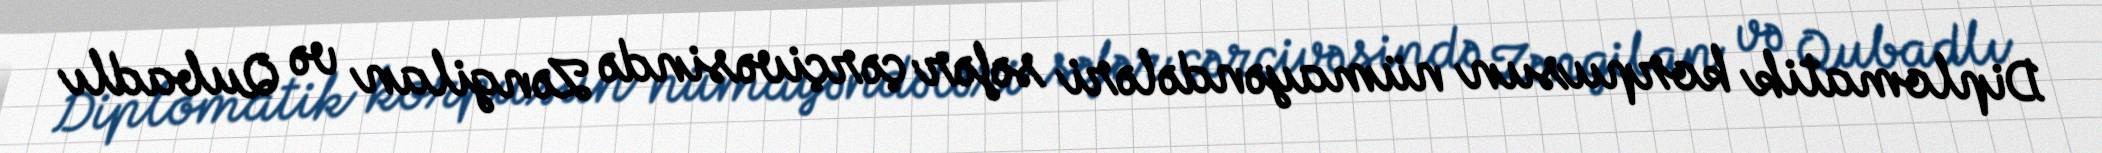
Diplomatik korpusun nümayəndələri səfər çərçivəsində Zəngilan və Qubadlı